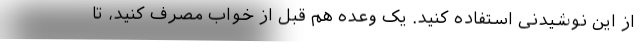
از این نوشیدنی استفاده کنید. یک وعده هم قبل از خواب مصرف کنید، تا